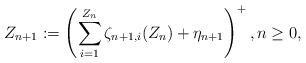
LaTeX: \begin{align*}Z_{n+1}:=\left(\sum_{i=1}^{Z_n}\zeta_{n+1,i}(Z_n)+\eta_{n+1}\right)^+,n\ge0,\end{align*}